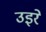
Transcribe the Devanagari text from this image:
उइरे